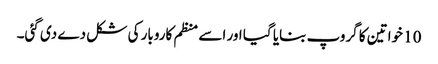
10 خواتین کا گروپ بنایا گیا اور اسے منظم کاروبار کی شکل دے دی گئی۔